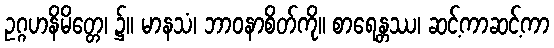
ဥဂ္ဂဟနိမိတ္တေ၊ ၌။ မာနသံ၊ ဘာဝနာစိတ်ကို။ စာရေန္တဿ၊ ဆင့်ကာဆင့်ကာ